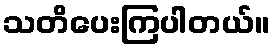
သတိပေးကြပါတယ်။